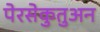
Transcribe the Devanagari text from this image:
पेरसेकुतुअन